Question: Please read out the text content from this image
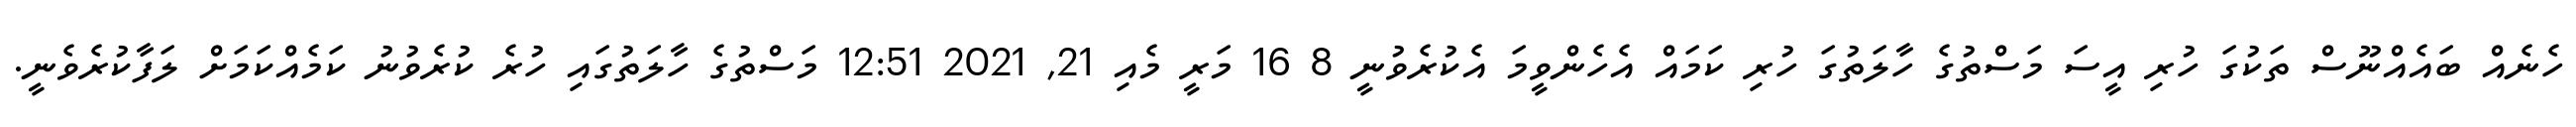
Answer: ހެނެއް ބައެއްނޫސް ތަކުގަ ހުރި އީސަ މަސްތުގެ ހާލަތުގަ ހުރި ކަމައް އެހެންވީމަ އެކުރެވުނީ 8 16 މަރީ މެއި 21, 2021 12:51 މަސްތުގެ ހާލަތުގައި ހުރެ ކުރެވުނު ކަމެއްކަމަށް ލަފާކުރެވެނީ.